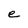
Character: e